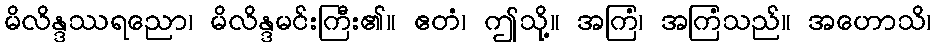
မိလိန္ဒဿရညော၊ မိလိန္ဒမင်းကြီး၏။ ဧတံ၊ ဤသို့။ အကြံ၊ အကြံသည်။ အဟောသိ၊